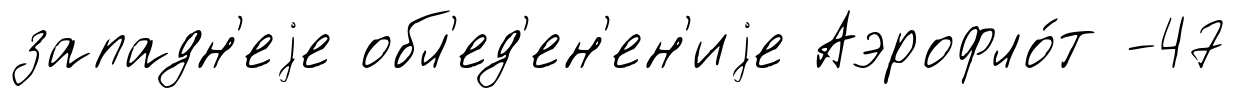
западн'еjе обл'ед'ен'ен'иjе Аэрофло́т -47